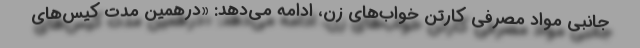
جانبی مواد مصرفی کارتن خواب‌های زن، ادامه می‌دهد: «درهمین مدت کیس‌های